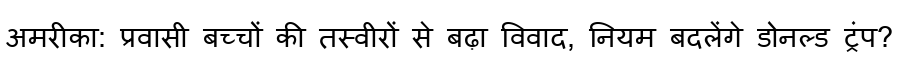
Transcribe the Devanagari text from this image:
अमरीका: प्रवासी बच्चों की तस्वीरों से बढ़ा विवाद, नियम बदलेंगे डोनल्ड ट्रंप?